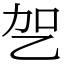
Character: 乫